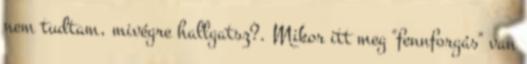
nem tudtam, mivégre hallgatsz?. Mikor itt meg "fennforgás" van